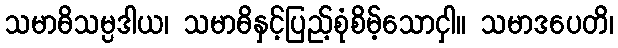
သမာဓိသမ္ပဒါယ၊ သမာဓိနှင့်ပြည့်စုံစိမ့်သောငှါ။ သမာဒပေတိ၊